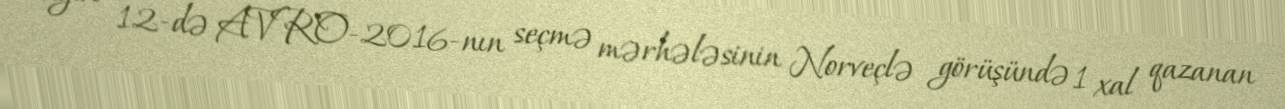
ayın 12-də AVRO-2016-nın seçmə mərhələsinin Norveçlə görüşündə 1 xal qazanan